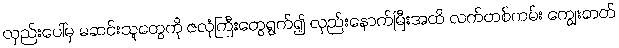
လှည်းပေါ်မှ မဆင်းသူတွေကို ဇလုံကြီးတွေရွက်၍ လှည်းနောက်မြီးအထိ လက်တစ်ကမ်း ကျွေးတတ်